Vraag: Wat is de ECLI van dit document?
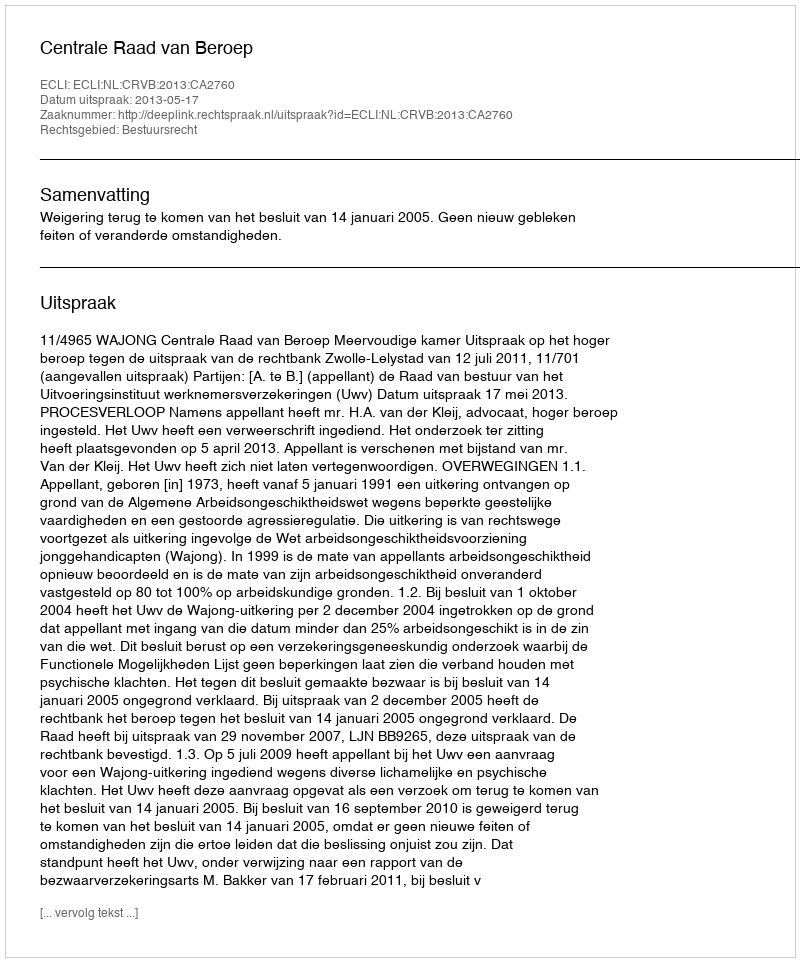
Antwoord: ECLI:NL:CRVB:2013:CA2760